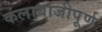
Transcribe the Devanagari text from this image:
कलाबाजीपूर्ण